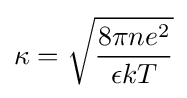
\kappa ={\sqrt {\frac {8\pi ne^{2}}{\epsilon kT}}}